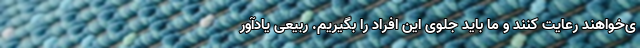
ی‌خواهند رعایت کنند و ما باید جلوی این افراد را بگیریم. ربیعی یادآور